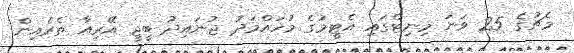
މެޗުގެ 25 ވަނަ މިނިޓްގައި އެޓީމުގެ މުހައްމަދު ޖުނައިދު ބީޖީ އޭރިއާ ތެރެއިން